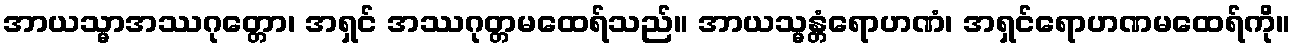
အာယသ္မာအဿဂုတ္တော၊ အရှင် အဿဂုတ္တမထေရ်သည်။ အာယသ္မန္တံရောဟဏံ၊ အရှင်ရောဟဏမထေရ်ကို။